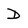
Character: D